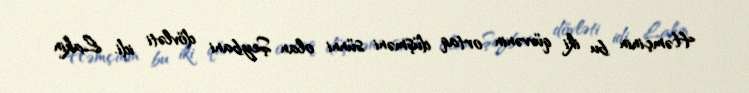
Həmçinin bu iki qüvvənin ortaq düşməni sünni olan Şeybani dövləti idi. Lakin